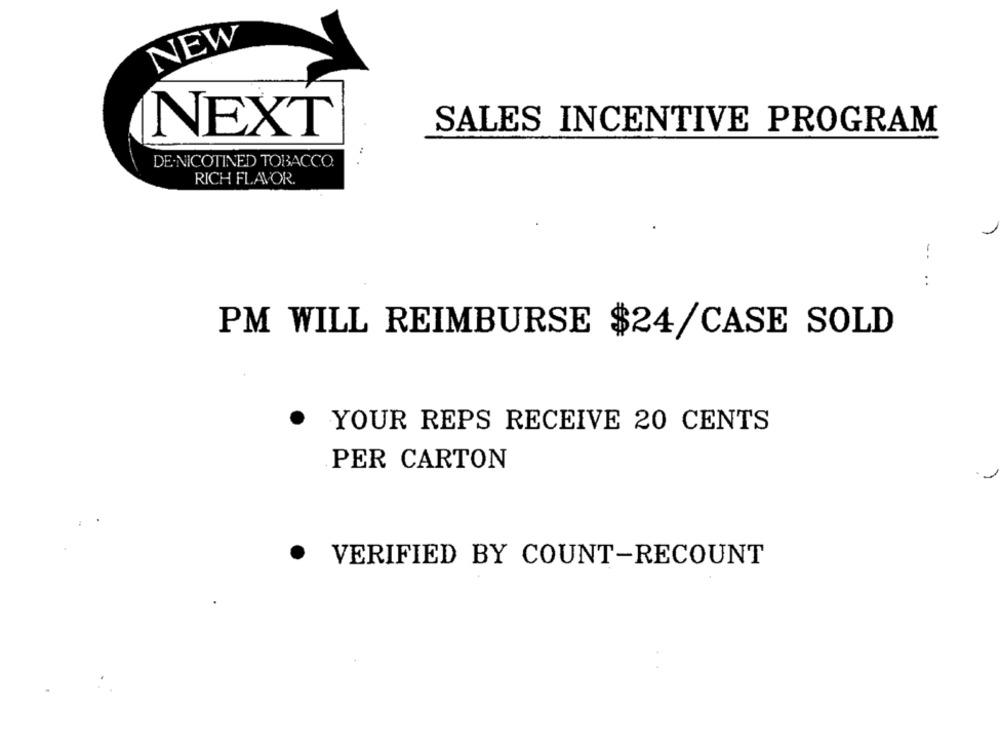
NEW
NEXT
SALES INCENTIVE PROGRAM
DE-NICOTINED TOBACCO.
RICH FLAVOR.
--
:
PM WILL REIMBURSE $24/CASE SOLD
YOUR REPS RECEIVE 20 CENTS
PER CARTON
.
VERIFIED BY COUNT-RECOUNT